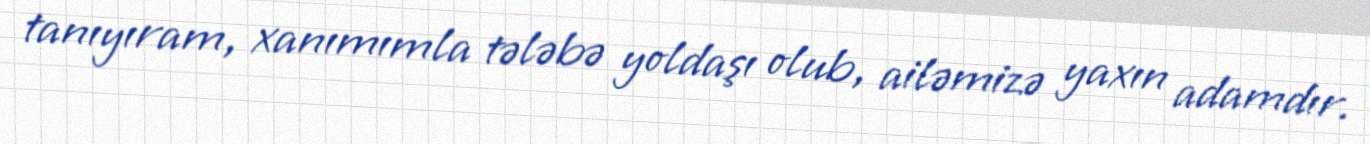
tanıyıram, xanımımla tələbə yoldaşı olub, ailəmizə yaxın adamdır.